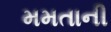
મમતાની